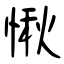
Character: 愀